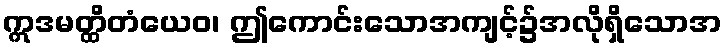
ဣဒမတ္ထိတံယေဝ၊ ဤကောင်းသောအကျင့်၌အလိုရှိသောအ